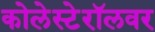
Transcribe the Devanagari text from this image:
कोलेस्टेरॉलवर